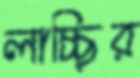
লাচ্ছির